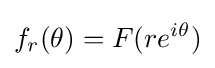
\displaystyle {f_{r}(\theta )=F(re^{i\theta })}